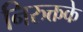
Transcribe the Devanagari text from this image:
निरुक्तके